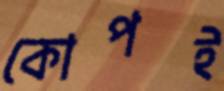
কোপই